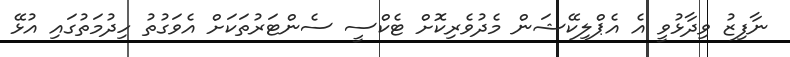
ނާފިޒު ވިދާޅުވީ އެ އެޕްލިކޭޝަން މެދުވެރިކޮށް ޓެކްސީ ސެންޓަރުތަކަށް އެވަގުތު ހިދުމަތުގައި އުޅޭ